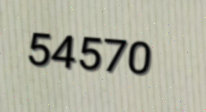
54570